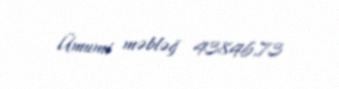
Ümumi məbləğ 43846,73